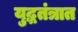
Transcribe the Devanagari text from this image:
युद्धतंत्रात